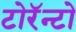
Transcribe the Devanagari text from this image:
टोरॅन्टो